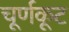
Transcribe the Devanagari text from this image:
चूर्णकूट